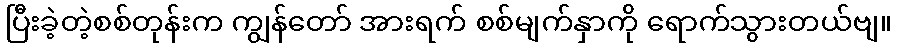
ပြီးခဲ့တဲ့စစ်တုန်းက ကျွန်တော် အားရက် စစ်မျက်နှာကို ရောက်သွားတယ်ဗျ။